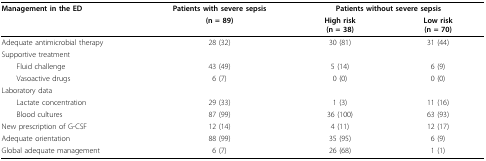
| Management in the ED | Patients with severe sepsis | <COLSPAN=2> Patients without severe sepsis |
 |  | (n = 89) | High risk(n = 38) | Low risk(n = 70) |
 | --- | --- | --- | --- |
 | Adequate antimicrobial therapy | 28 (32) | 30 (81) | 31 (44) |
 | Supportive treatment |  |  |  |
 | Fluid challenge | 43 (49) | 5 (14) | 6 (9) |
 | Vasoactive drugs | 6 (7) | 0 (0) | 0 (0) |
 | Laboratory data |  |  |  |
 | Lactate concentration | 29 (33) | 1 (3) | 11 (16) |
 | Blood cultures | 87 (99) | 36 (100) | 63 (93) |
 | New prescription of G-CSF | 12 (14) | 4 (11) | 12 (17) |
 | Adequate orientation | 88 (99) | 35 (95) | 6 (9) |
 | Global adequate management | 6 (7) | 26 (68) | 1 (1) |